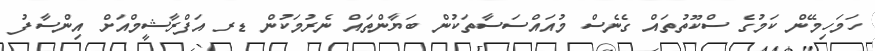
ހަމަހިމޭން ކަމުގެ ސްކޫތުތައް ގެނެސް މުއައްސަސާތަކުން ބަޔާންތައް ނެރުމަކުން ޑރ އަފްރާޝީމްއަށް އިންސާފު